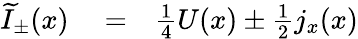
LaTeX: \begin{array}{rlr}{\widetilde I_{\pm}(x)}&{{}=}&{\frac{1}{4}U(x)\pm\frac{1}{2}j_{x}(x)}\end{array}